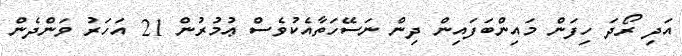
އަދި ރޯދަ ހިފަން މައިންބަފައިން ދިން ނަސޭހަތާއެކުވެސް ޢުމުރުން 21 އަހަރު ވަންދެން